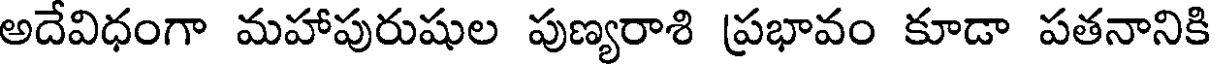
అదేవిధంగా మహాపురుషుల పుణ్యరాశి ప్రభావం కూడా పతనానికి